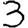
Digit: 3